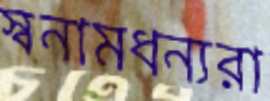
স্বনামধন্যরা